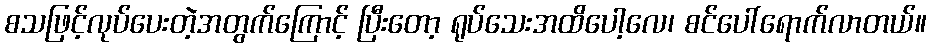
စသဖြင့်လုပ်ပေးတဲ့အတွက်ကြောင့် ပြီးတော့ ရုပ်သေးအထိပေါ့လေ၊ စင်ပေါ်ရောက်လာတယ်။